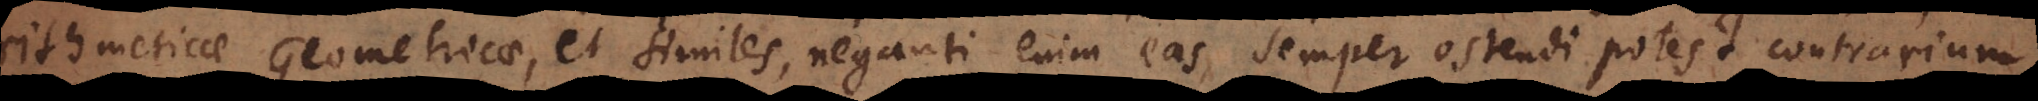
Arithmeticae, Geometricae, et similes, neganti enim eas, semper ostendi potest contrarium